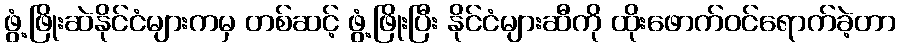
ဖွံ့ဖြိုးဆဲနိုင်ငံများကမှ တစ်ဆင့် ဖွံ့ဖြိုးပြီး နိုင်ငံများဆီကို ထိုးဖောက်ဝင်ရောက်ခဲ့တာ